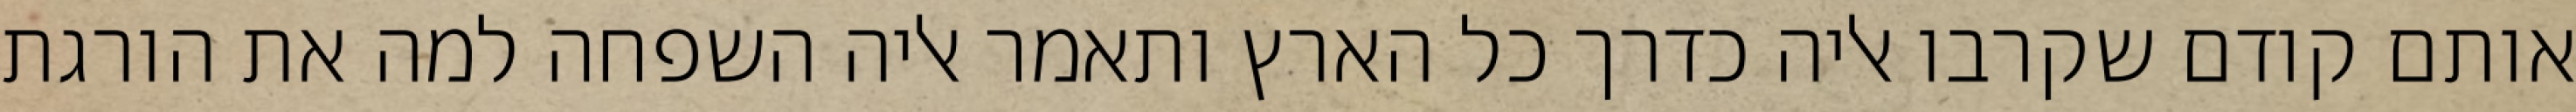
אותם קודם שקרבו אליה כדרך כל הארץ ותאמר אליה השפחה למה את הורגת